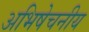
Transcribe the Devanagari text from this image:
अभिषेचनीय